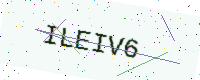
Text: ILEIV6